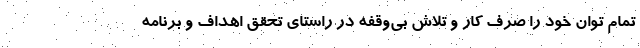
تمام توان خود را صرف کار و تلاش بی‌وقفه در راستای تحقق اهداف و برنامه